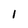
Character: l